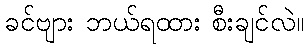
ခင်ဗျား ဘယ်ရထား စီးချင်လဲ။